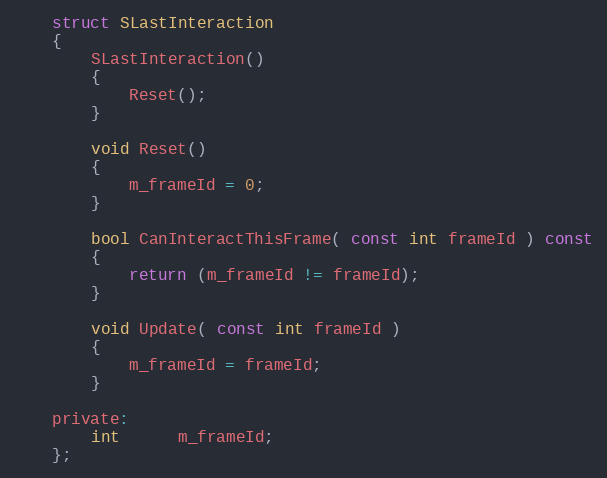
Language: C
	struct SLastInteraction
	{
		SLastInteraction()
		{
			Reset();
		}

		void Reset()
		{
			m_frameId = 0;
		}

		bool CanInteractThisFrame( const int frameId ) const
		{
			return (m_frameId != frameId);
		}

		void Update( const int frameId )
		{
			m_frameId = frameId;
		}

	private:
		int      m_frameId;
	};